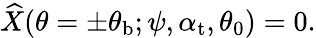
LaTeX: \widehat{X}(\theta=\pm\theta_{\mathrm{b}};\psi,\alpha_{\mathrm{{t}}},\theta_{0})=0.